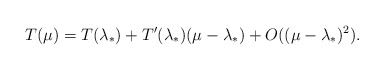
\begin{align*}T(\mu)=T(\lambda_{*})+T^{\prime}(\lambda_{*})(\mu-\lambda_{*})+O((\mu-\lambda_{*})^2).\end{align*}